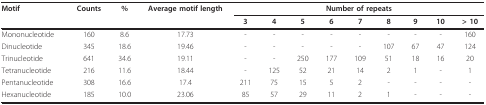
<table><thead><tr><td><b>Motif</b></td><td><b>Counts</b></td><td><b>%</b></td><td><b>Average motif length</b></td><td colspan="9"><b>Number of repeats</b></td></tr><tr><td></td><td></td><td></td><td></td><td><b>3</b></td><td><b>4</b></td><td><b>5</b></td><td><b>6</b></td><td><b>7</b></td><td><b>8</b></td><td><b>9</b></td><td><b>10</b></td><td><b>&gt; 10</b></td></tr></thead><tbody><tr><td>Mononucleotide</td><td>160</td><td>8.6</td><td>17.73</td><td>-</td><td>-</td><td>-</td><td>-</td><td>-</td><td>-</td><td>-</td><td>-</td><td>160</td></tr><tr><td>Dinucleotide</td><td>345</td><td>18.6</td><td>19.46</td><td>-</td><td>-</td><td>-</td><td>-</td><td>-</td><td>107</td><td>67</td><td>47</td><td>124</td></tr><tr><td>Trinucleotide</td><td>641</td><td>34.6</td><td>19.11</td><td>-</td><td>-</td><td>250</td><td>177</td><td>109</td><td>51</td><td>18</td><td>16</td><td>20</td></tr><tr><td>Tetranucleotide</td><td>216</td><td>11.6</td><td>18.44</td><td>-</td><td>125</td><td>52</td><td>21</td><td>14</td><td>2</td><td>1</td><td>-</td><td>1</td></tr><tr><td>Pentanucleotide</td><td>308</td><td>16.6</td><td>17.4</td><td>211</td><td>75</td><td>15</td><td>5</td><td>2</td><td>-</td><td>-</td><td>-</td><td>-</td></tr><tr><td>Hexanucleotide</td><td>185</td><td>10.0</td><td>23.06</td><td>85</td><td>57</td><td>29</td><td>11</td><td>2</td><td>1</td><td>-</td><td>-</td><td>-</td></tr></tbody></table>